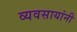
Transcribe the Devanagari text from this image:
व्यवसायांनी